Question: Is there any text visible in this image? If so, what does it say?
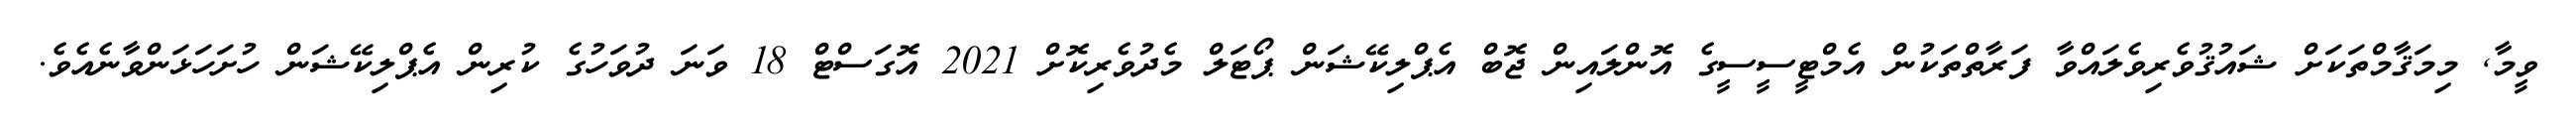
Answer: ވީމާ, މިމަޤާމްތަކަށް ޝައުޤުވެރިވެލައްވާ ފަރާތްތަކުން އެމްޓީސީސީގެ އޮންލައިން ޖޮބް އެޕްލިކޭޝަން ޕޯޓަލް މެދުވެރިކޮށް 2021 އޮގަސްޓް 18 ވަނަ ދުވަހުގެ ކުރިން އެޕްލިކޭޝަން ހުށަހަޅަންވާނެއެވެ.